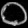
Digit: ၀